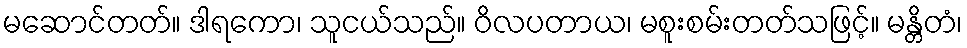
မဆောင်တတ်။ ဒါရကော၊ သူငယ်သည်။ ဝိလပတာယ၊ မစူးစမ်းတတ်သဖြင့်။ မန္တိတံ၊